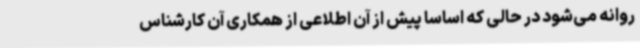
روانه می‌شود در حالی که اساسا پیش از آن اطلاعی از همکاری آن کارشناس